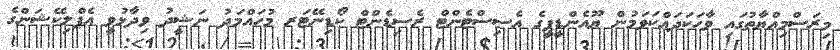
މިރަސްމިއްޔާތުގައި ވާހަކަދައްކަވަމުން ޔޫއެންޑީޕީގެ އެސިސްޓެންޓް ރެސިޑެންޓް ކޯޑިނޭޓަރ މުހައްމަދު ނަޝީދު ވިދާޅުވީ އެޕްލިކޭޝަންގެ